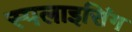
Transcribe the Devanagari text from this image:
स्पलाइसिंग